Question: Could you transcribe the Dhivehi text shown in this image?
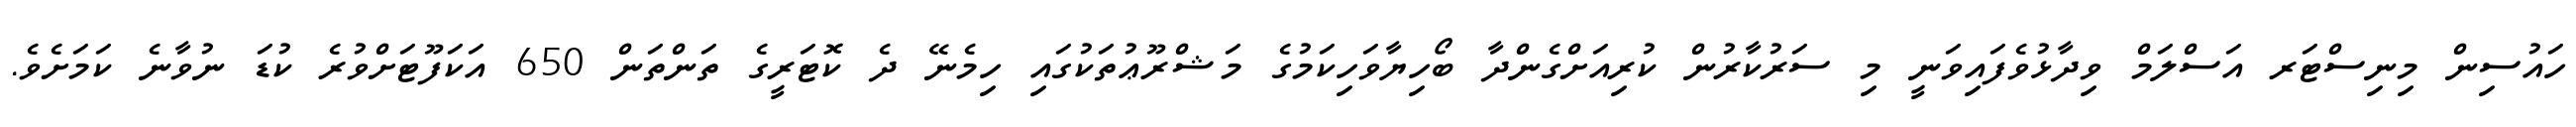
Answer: ހައުސިން މިނިސްޓަރ އަސްލަމް ވިދާޅުވެފައިވަނީ މި ސަރުކާރުން ކުރިއަށްގެންދާ ބޯހިޔާވަހިކަމުގެ މަޝްރޫޢުތަކުގައި ހިމެނޭ ދެ ކޮޓަރީގެ ތަންތަން 650 އަކަފޫޓަށްވުރެ ކުޑަ ނުވާނެ ކަމަށެވެ.